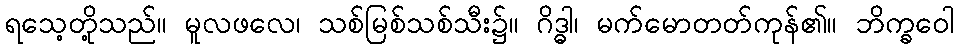
ရသေ့တို့သည်။ မူလဖလေ၊ သစ်မြစ်သစ်သီး၌။ ဂိဒ္ဓါ၊ မက်မောတတ်ကုန်၏။ ဘိက္ခဝေါ